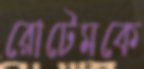
রোটেমকে